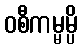
ဝစီကမ္မမ္ပိ